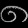
Digit: ၈